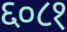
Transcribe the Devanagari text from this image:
६०८१